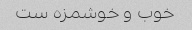
خوب و خوشمزه ست